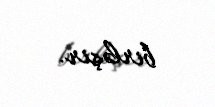
birləşir.